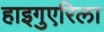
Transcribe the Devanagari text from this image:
हाइगुएरिला